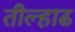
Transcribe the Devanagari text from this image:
तील्हाढ